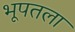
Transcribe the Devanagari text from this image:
भूपतला